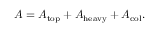
{ \cal A } = { \cal A } _ { \mathrm { t o p } } + { \cal A } _ { \mathrm { h e a v y } } + { \cal A } _ { \mathrm { c o l } } .